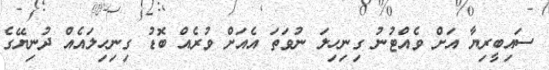
ސައިބީރިޔާ އަށް ވެއްޓުނު ގިނިހިލަ ނުވަތަ އެއަށް ވުރެއް ބޮޑު ގިނިހިލައެއް ދުނިޔޭގެ